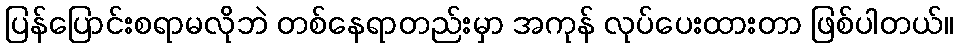
ပြန်ပြောင်းစရာမလိုဘဲ တစ်နေရာတည်းမှာ အကုန် လုပ်ပေးထားတာ ဖြစ်ပါတယ်။